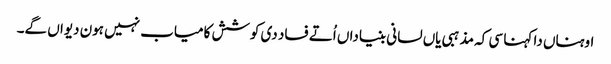
اوہناں دا کہنا سی کہ مذہبی یاں لسانی بنیاداں اُتے فساد دی کوشش کامیاب نہیں ہون دیواں گے۔